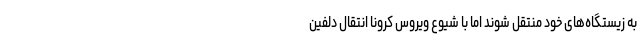
به زیستگاه‌های خود منتقل شوند اما با شیوع ویروس کرونا انتقال دلفین